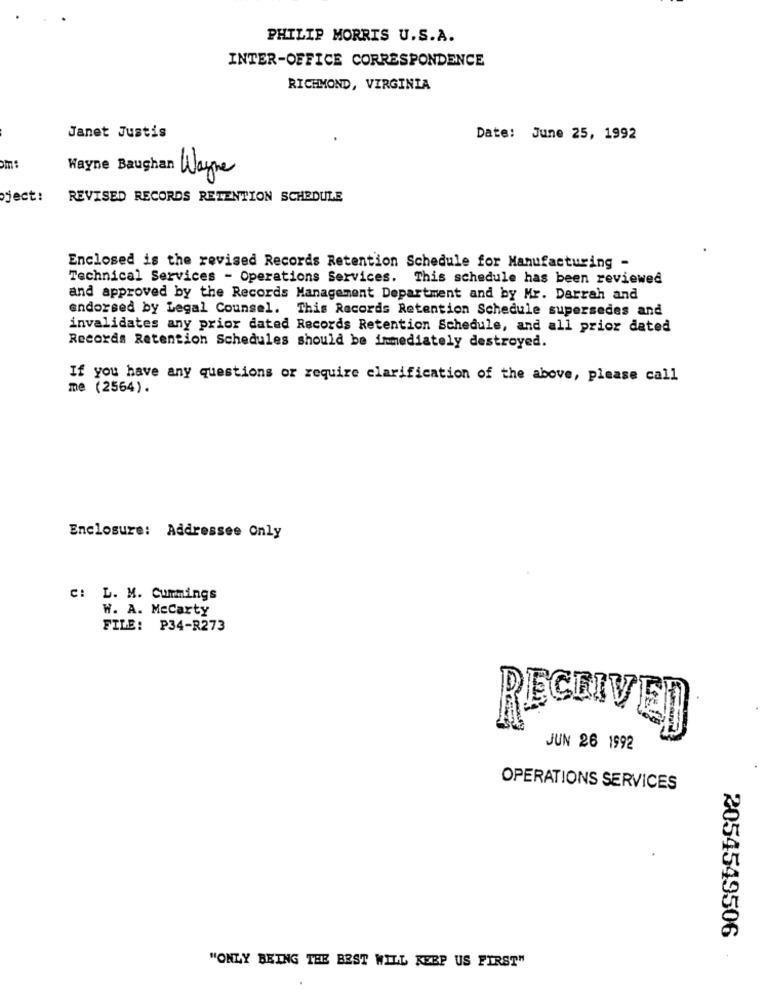
PHILIP MORRIS U.S.A.
INTER-OFFICE CORRESPONDENCE
RICHMOND, VIRGINIA
Janet Justis
Date: June 25, 1992
Wayne Bauchan Wayne
ject:
REVISED RECORDS RETENTION SCHEDULE
Enclosed is the revised Records Retention Schedule for Manufacturing -
Technical Services - Operations Services. This schedule has been reviewed
and approved by the Records Management Department and by Mr. Darrah and
endorsed by Legal Counsel. This Records Retention Schedule supersedes and
invalidates any prior dated Records Retention Schedule, and all prior dated
Records Retention Schedules should be immediately destroyed.
If you have any questions or require clarification of the above, please call
me (2564).
Enclosure: Addressee Only
C: L. M. Cummings
W. A. Mccarty
FILE: P34-R273
RECEIVED
JUN 26 1992
OPERATIONS SERVICES
2054549506
"ONLY BEING THE BEST WILL KEEP US FIRST"